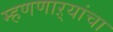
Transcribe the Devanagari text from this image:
म्हणणाऱ्यांचा